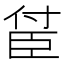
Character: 𬛤